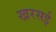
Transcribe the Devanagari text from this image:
खरसई